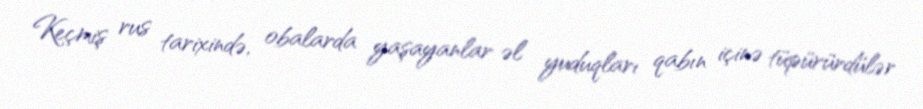
Keçmiş rus tarixində, obalarda yaşayanlar əl yuduqları qabın içinə tüpürürdülər